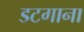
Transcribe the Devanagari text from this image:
डटगाना